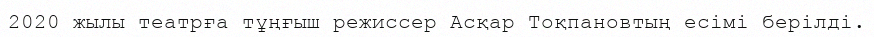
2020 жылы театрға тұңғыш режиссер Асқар Тоқпановтың есімі берілді.